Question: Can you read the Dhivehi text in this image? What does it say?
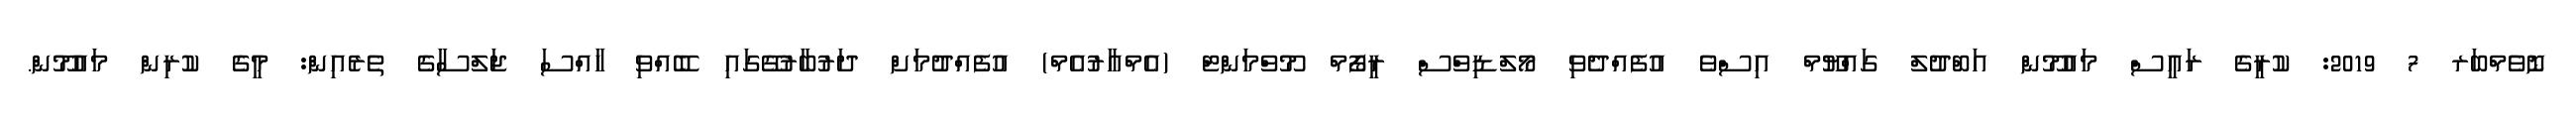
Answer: ނޮވެމްބަރ 7 2019: ކުރީގެ ރައީސް މައުމޫން އަބްދުލް ގައްޔޫމް އިސްވެ އުފެއްދެވި މޯލްޑިވްސް ރީފޯމް މޫވްމަންޓް (އެމްއާރުއެމް) އުފެއްދުމަށް ދަރުބާރުގޭގައި ބޭއްވި ހާއްސަ ޖަލްސާގެ ތެރެއިން: މީގެ ކުރިން މައުމޫން.